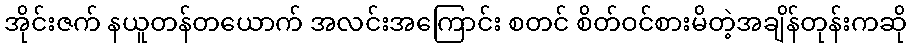
အိုင်းဇက် နယူတန်တယောက် အလင်းအကြောင်း စတင် စိတ်ဝင်စားမိတဲ့အချိန်တုန်းကဆို